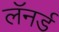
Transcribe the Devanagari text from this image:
लॅनर्ड